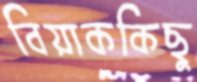
বিয়াককিছু